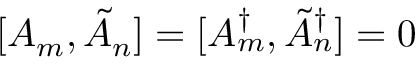
[ A _ { m } , \tilde { A } _ { n } ] = [ A _ { m } ^ { \dagger } , \tilde { A } _ { n } ^ { \dagger } ] = 0